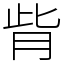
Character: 𦙼